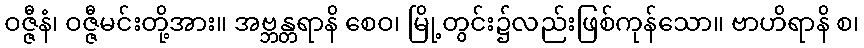
ဝဇ္ဇီနံ၊ ဝဇ္ဇီမင်းတို့အား။ အဗ္ဘန္တရာနိ စေဝ၊ မြို့တွင်း၌လည်းဖြစ်ကုန်သော။ ဗာဟိရာနိ စ၊